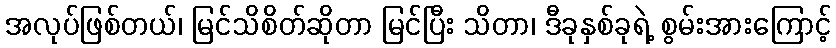
အလုပ်ဖြစ်တယ်၊ မြင်သိစိတ်ဆိုတာ မြင်ပြီး သိတာ၊ ဒီခုနှစ်ခုရဲ့ စွမ်းအားကြောင့်